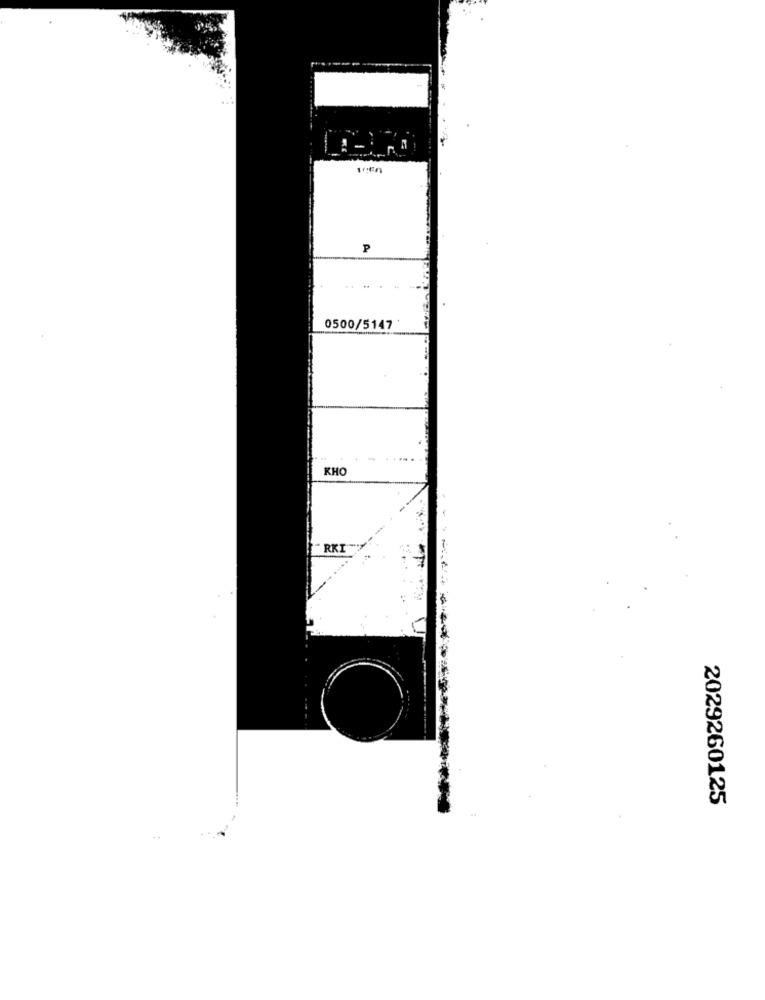
P
0500/5147
KHO
RK
2029260125